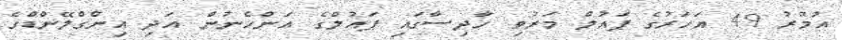
އުމުރު 49 އަހަރުގެ ޕައުލް މަރުވި ހާދިސާގައި ޕައުލްގެ އަންހެނުން އަދި އިންގްލޭންޑްގެ